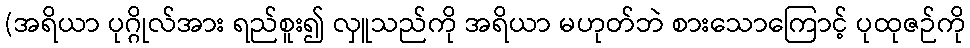
(အရိယာ ပုဂ္ဂိုလ်အား ရည်စူး၍ လှူသည်ကို အရိယာ မဟုတ်ဘဲ စားသောကြောင့် ပုထုဇဉ်ကို